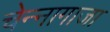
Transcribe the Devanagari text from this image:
चेन्‍नागाजा